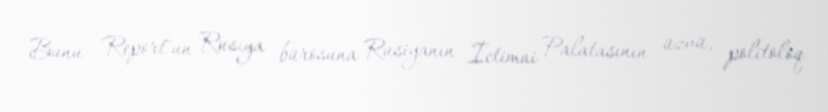
Bunu "Report"un Rusiya bürosuna Rusiyanın İctimai Palatasının üzvü, politoloq